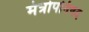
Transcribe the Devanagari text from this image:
मंत्रोपनिषद